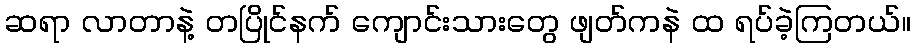
ဆရာ လာတာနဲ့ တပြိုင်နက် ကျောင်းသားတွေ ဖျတ်ကနဲ ထ ရပ်ခဲ့ကြတယ်။